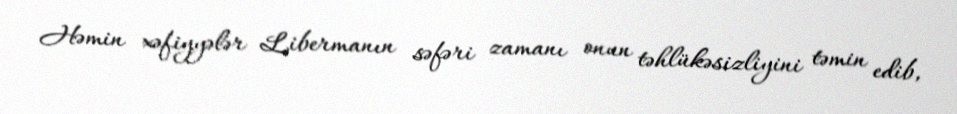
Həmin xəfiyyələr Libermanın səfəri zamanı onun təhlükəsizliyini təmin edib,